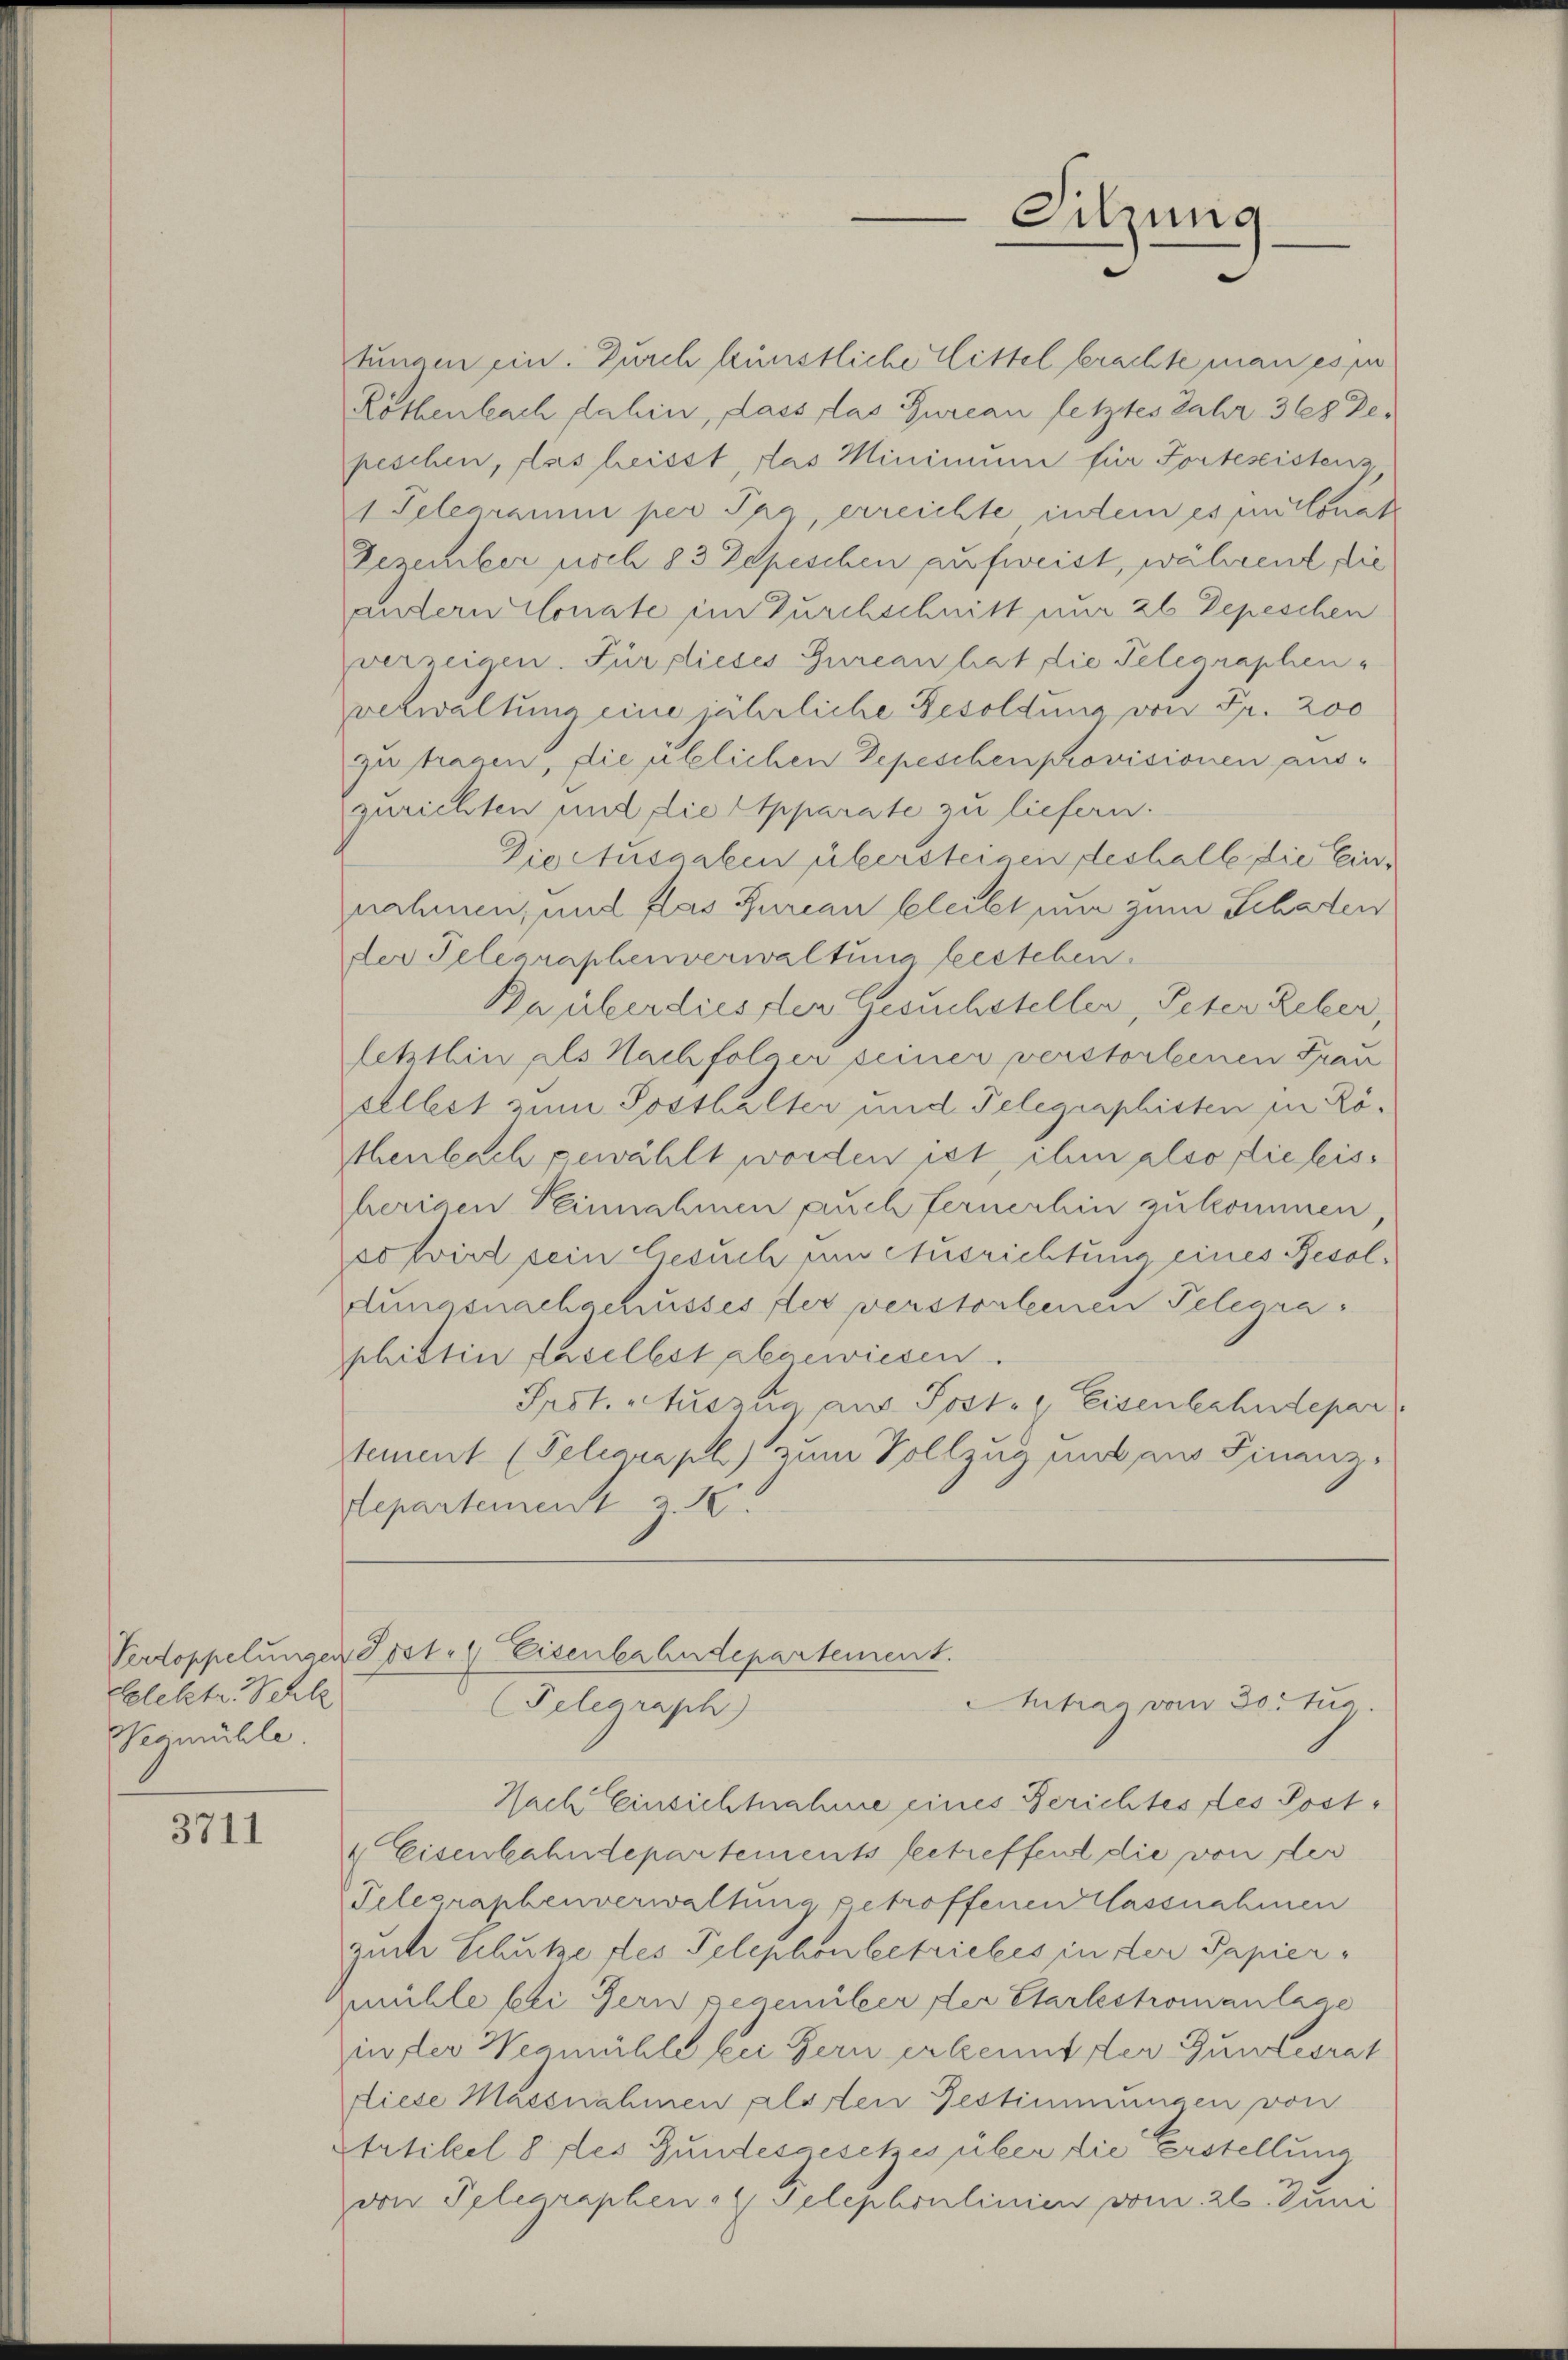
Elektr. Schle
Neumühle

3711

tungen ein. Durch künstliche Wittel brachte man es in
Röthenbach dahin, dass das Bureau fetztes Jahr 368 De
peschen, das heisst, das Minimum für Portesistenz
1 Telegramm per Tag, erreichte indem es in Conate
Dezember noch 83 Zepeschen aufweist, während die
untern donate im Durchschnitt nur 26 Depeschen
verzeigen. Für dieses Gureau hat die Telegraphen-
verwaltung eine jährliche Besoldung von Fr. 200
zu tragen, die üblichen Depeschenprovisionen auszurichten und die Apparate zu liefern.
Die Ausgaben übersteinen deshalbe die Einnahmen, und das Zurian bleibt und zum Schaden
der Telegraphenverwaltung bestehen.
Paüberdiester gesuchstellen, Peter Reber
letzthin als Nachfolger seiner verstorbenen Frau
sellest zum Sosthalter und Telegraphisten pr Röthenbach gewählt worden ist ihm also fieleis
herigen Peinnahmen auch fernerhin zukommen
sofwird sein Gesuch um Ausrichtung eines Resoldungsnachschusses der verstorbenen Telegra
phittin daselbst abgewiesen.
Prst. Auszug aus Post. Eisenbahndepar
tement (Telegraph zum Vollzug und am Finanz-
departement z. B.
Verdoppelungen Post. Eisenbahndepartement.
Mitrag vom 30. Jun.
(Telegraph
Nach Einsichtnahme eines Berichtes des Post¬
4 Eisenbahndepartements betreffend die von der
Telegraphenverwaltung getroffenen Massnahmen
zuchte Schutze des Telephonbetriebes in der Papiermühle bei Gern gegenüber der Carlstromanlage
in der Wegmühle bei Gern erkennt der Gundesrat
diese Massnahmen Platen Bestimmungen von
Artikel 8 des Gundesgesetzes über die Erstellung
von Telegraphen Telephonlinien vom 26. Juni

Sitzung